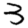
Digit: 3